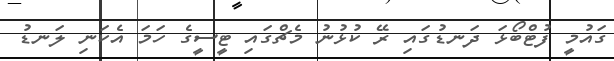
ގައުމީ ފުޓްބޯޅަ ދަނޑުގައިި ރޭ ކުޅުނު މެޗްގައި ޓީސީގެ ހަމަ އެކަނި ލަނޑު